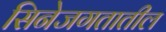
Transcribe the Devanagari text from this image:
सिनेजगतातील